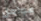
عوامل